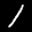
Label: 1